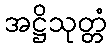
အဋ္ဌိသုတ္တံ